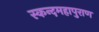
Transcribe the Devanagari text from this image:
स्कन्दमहापुराण